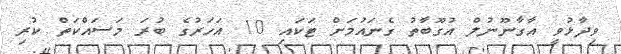
ވިދާޅުވީ އާގާނޫނުލް އުގޫބާތު ގެނައުމަށް ޓަކައި 10 އަހަރުގެ ބުރަ މަސައްކަތް ކުރި